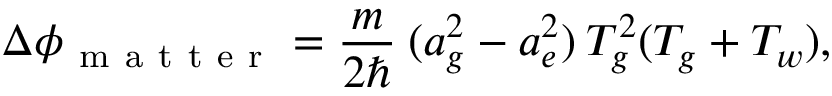
\Delta \phi _ { \mathrm { ~ m ~ a ~ t ~ t ~ e ~ r ~ } } = \frac { m } { 2 \hbar } \: ( a _ { g } ^ { 2 } - a _ { e } ^ { 2 } ) \: T _ { g } ^ { 2 } ( T _ { g } + T _ { w } ) ,